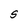
Character: S